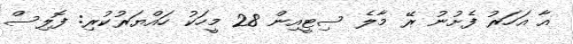
އާ އަހަރު ފެށުނު ރޭ މާލެ ސިޓީއިން 28 މީހަކު ހައްޔަރުކުރި: ފޮލިސް